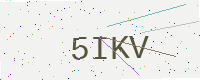
Text: 5IKV